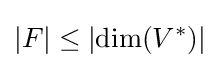
|F|\leq |\mathrm {dim} (V^{\ast })|